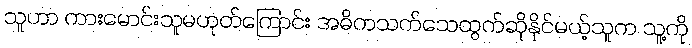
သူဟာ ကားမောင်းသူမဟုတ်ကြောင်း အဓိကသက်သေထွက်ဆိုနိုင်မယ့်သူက သူ့ကို